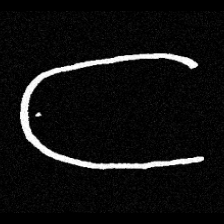
Pyu character \u2014 Myanmar letter: ဋ (romanized: tta)